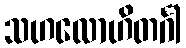
သဟလောဟိတင်္ဂါ